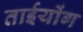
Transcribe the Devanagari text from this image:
ताईयोंग